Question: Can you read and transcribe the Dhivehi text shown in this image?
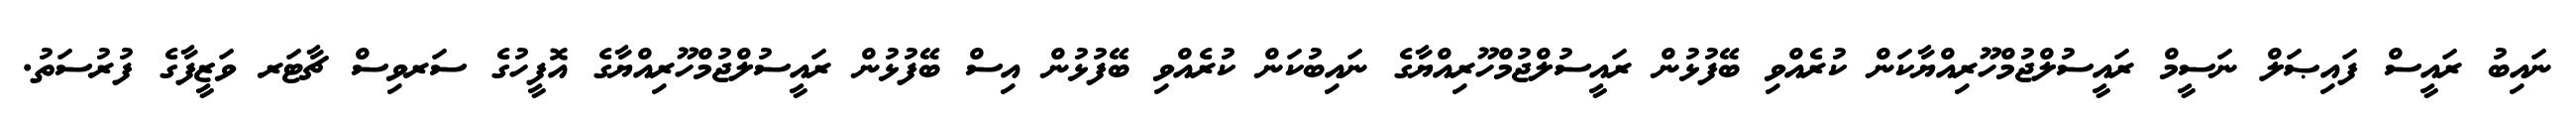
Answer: ނައިބު ރައީސް ފައިޞަލް ނަސީމް ރައީސުލްޖުމްހޫރިއްޔާކަން ކުރެއްވި ބޭފުޅުން ރައީސުލްޖުމްހޫރިއްޔާގެ ނައިބުކަން ކުރެއްވި ބޭފުޅުން އިސް ބޭފުޅުން ރައީސުލްޖުމްހޫރިއްޔާގެ އޮފީހުގެ ސަރވިސް ޗާޓަރ ވަޒީފާގެ ފުރުސަތު.